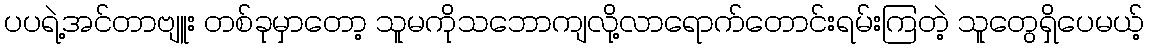
ပပရဲ့အင်တာဗျူး တစ်ခုမှာတော့ သူမကိုသဘောကျလို့လာရောက်တောင်းရမ်းကြတဲ့ သူတွေရှိပေမယ့်